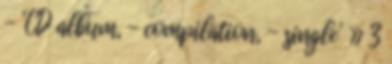
- 'CD album, - compilation, - single' » 3